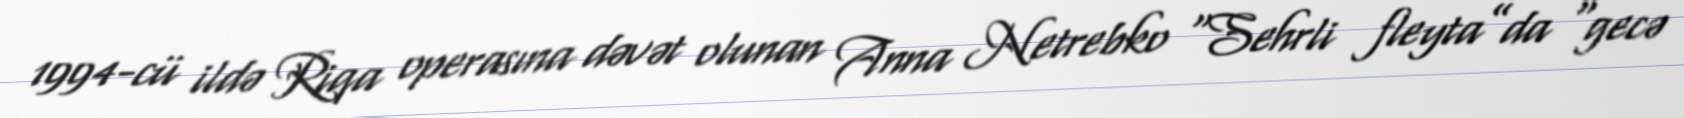
1994-cü ildə Riqa operasına dəvət olunan Anna Netrebko “Sehrli fleyta”da “gecə